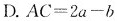
D.$$A C = 2 a - b$$